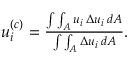
\begin{array} { r } { u _ { i } ^ { ( c ) } = \frac { \int \int _ { A } u _ { i } \: \Delta u _ { i } \: d A } { \int \int _ { A } \Delta u _ { i } \: d A } . } \end{array}